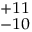
^ { + 1 1 } _ { - 1 0 }